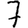
Digit: 7